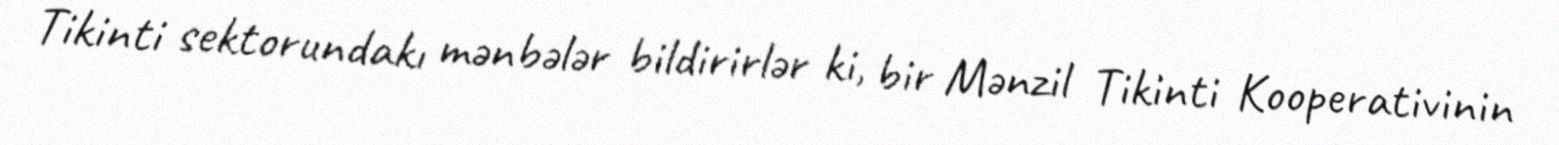
Tikinti sektorundakı mənbələr bildirirlər ki, bir Mənzil Tikinti Kooperativinin